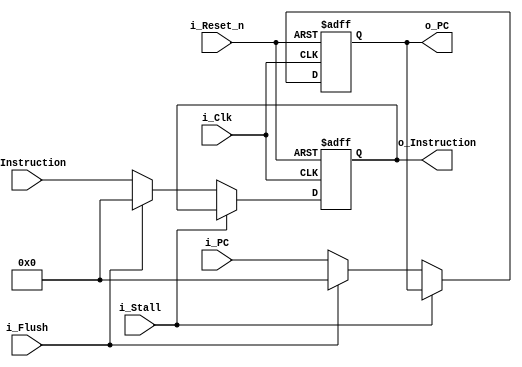
// Pipeline stage
module pipe_if_dec 	#(					
						parameter ADDRESS_WIDTH = 32,
						parameter DATA_WIDTH = 32
					)							
					(	
						// Inputs
						input i_Clk,
						input i_Reset_n,	// Async reset (highest priority)
						input i_Flush,			// Flush (lowest priority)
						input i_Stall,		// Stall (2nd highest priority)
						
							// Pipe in/out
						input [ADDRESS_WIDTH-1:0] i_PC,
						output reg [ADDRESS_WIDTH-1:0] o_PC,
						input [DATA_WIDTH-1:0] i_Instruction,
						output reg [DATA_WIDTH-1:0] o_Instruction
					);
		
		// Asynchronous output driver
	always @(posedge i_Clk or negedge i_Reset_n)
	begin
		if( !i_Reset_n )
		begin
			// Initialize outputs to 0s
			o_Instruction <= 0;
			o_PC <= 0;
		end
		else
		begin
			if( !i_Stall )
			begin
				if( i_Flush )
				begin
					// Pass through all 0s
					o_Instruction <= 0;
					o_PC <= 0;
				end
				else
				begin
					// Pass through signals
					o_Instruction <= i_Instruction;
					o_PC <= i_PC;
				end
			end
		end
	end
	
endmodule